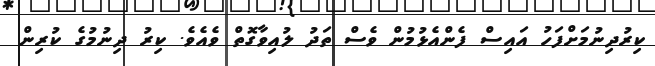
ކިރުދިނުމަށްފަހު އައިސް ފެންއެޅުމުން ވެސް ތަދު ލުއިވާގޮތް ވެއެވެ. ކިރު ދިނުމުގެ ކުރިން